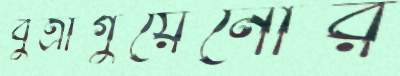
বুত্রাগুয়েনোর